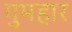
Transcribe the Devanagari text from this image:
गुमहार